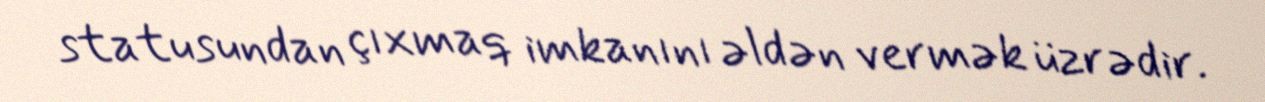
statusundan çıxmaq imkanını əldən vermək üzrədir.